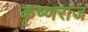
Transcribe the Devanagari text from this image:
कृष्‍णराज